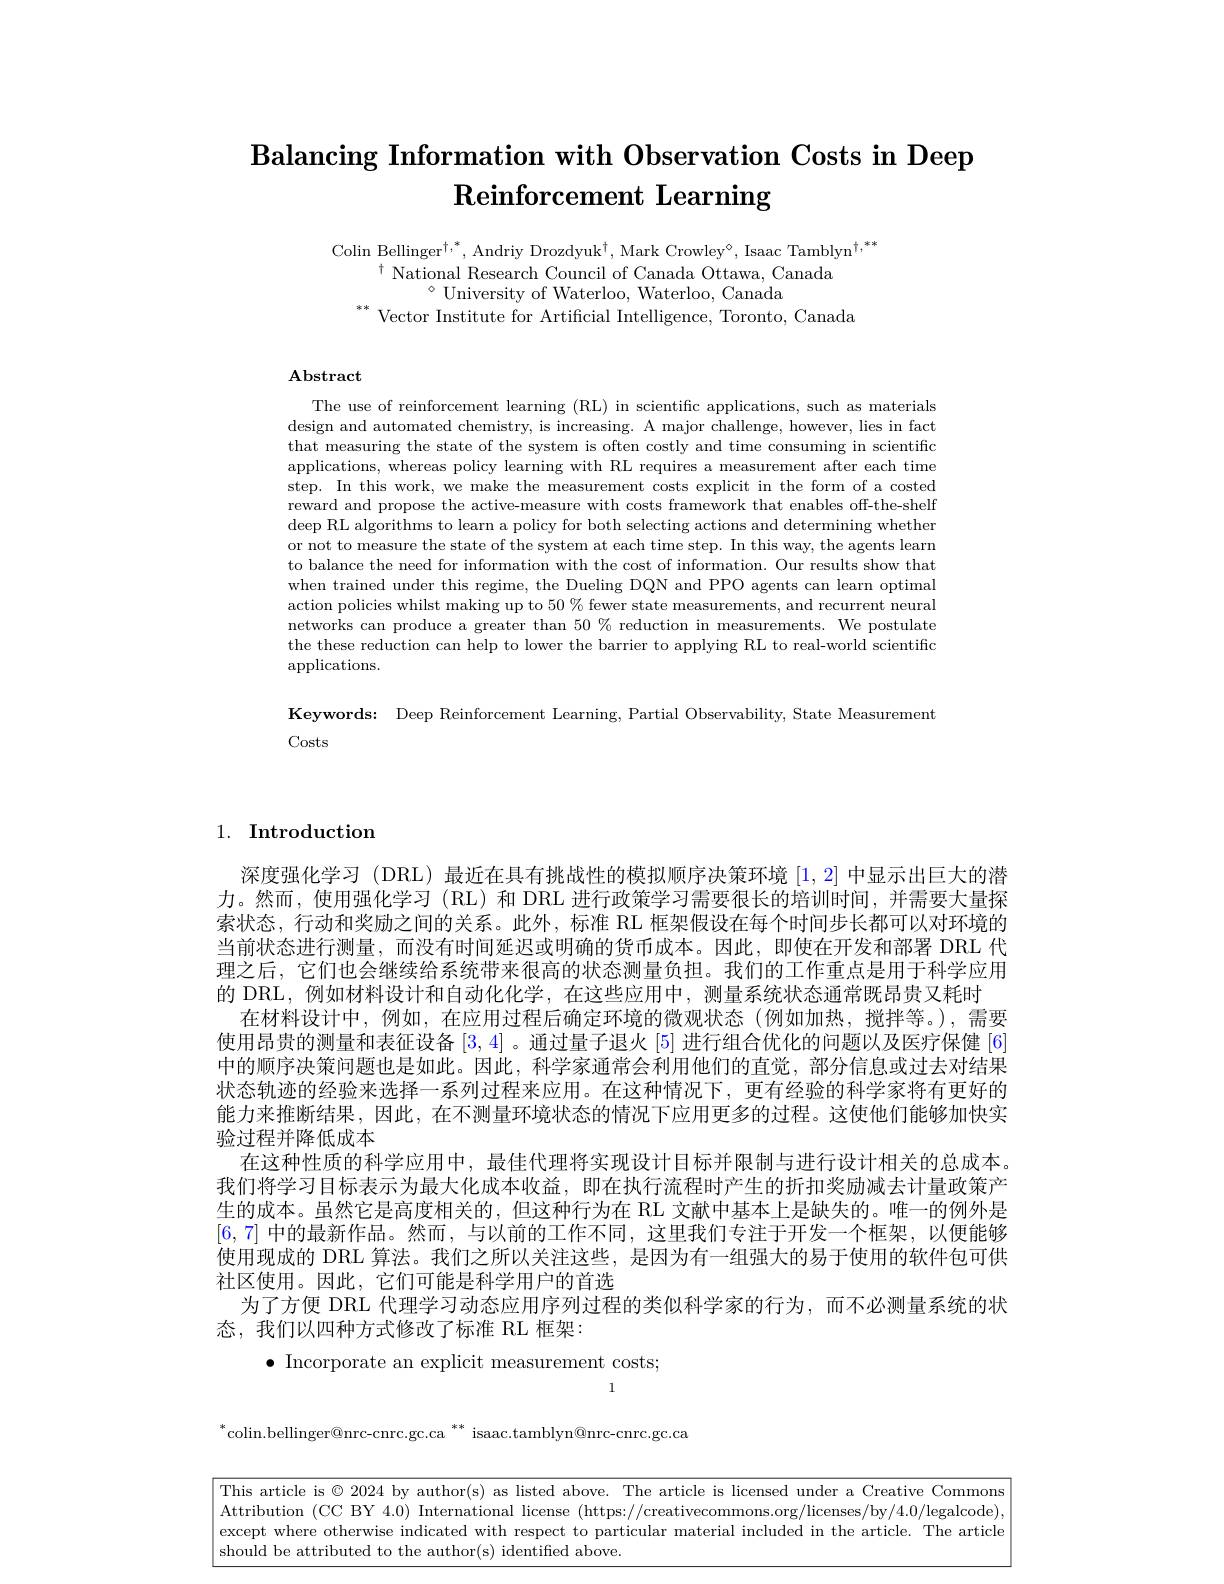
# $\textbf{Balancing Information with Observation Costs in Deep}$ $\textbf{Reinforcement Learning}$

Colin Bellinger$^\dagger,^*$,Andriy Drozdyuk$^\dagger$,Mark Crowley$^\circ$,Isaac Tamblyn$^\dagger,**$
$^{\dagger}$ National Research Council of Canada Ottawa, Canada
$^{\circ}$ University of Waterloo, Waterloo, Canada
$^{**}$ Vector Institute for Artificial Intelligence, Toronto, Canada

## ${\mathbf{Abstract}}$

The use of reinforcement learning (RL) in scientific applications, such as materials design and automated chemistry, is increasing. A major challenge, however, lies in fact that measuring the state of the system is often costly and time consuming in scientific applications, whereas policy learning with RL requires a measurement after each time step. In this work, we make the measurement costs explicit in the form of a costed reward and propose the active-measure with costs framework that enables off-the-shelf deep RL algorithms to learn a policy for both selecting actions and determining whether or not to measure the state of the system at each time step. In this way, the agents learn to balance the need for information with the cost of information. Our results show that when trained under this regime, the Dueling DQN and PPO agents can learn optimal action policies whilst making up to $50\%$ fewer state measurements, and recurrent neural networks can produce a greater than $50\%$ reduction in measurements. We postulate the these reduction can help to lower the barrier to applying RL to real-world scientific applications.

Keywords: Deep Reinforcement Learning, Partial Observability, State Measurementinge, Partial Observability, State Measurementing (1-1)
Costs

# 1. Introduction

深度强化学习 (DRL) 最近在具有挑战性的模拟顺序决策环境[1,2]中显示出巨大的潜力。然而，使用强化学习(RL)和 DRL 进行政策学习需要很长的培训时间，并需要大量探索状态，行动和奖励之间的关系。此外，标准 RL 框架假设在每个时间步长都可以对环境的当前状态进行测量，而没有时间延迟或明确的货币成本。因此，即使在开发和部署 DRL 代理之后，它们也会继续给系统带来很高的状态测量负担。我们的工作重点是用于科学应用的 DRL,例如材料设计和自动化化学，在这些应用中，测量系统状态通常既昂贵又耗时
在材料设计中，例如，在应用过程后确定环境的微观状态(例如加热，搅拌等。),需要使用昂贵的测量和表征设备[3,4] 。通过量子退火 [5] 进行组合优化的问题以及医疗保健 [6] 中的顺序决策问题也是如此。因此，科学家通常会利用他们的直觉，部分信息或过去对结果状态轨迹的经验来选择一系列过程来应用。在这种情况下，更有经验的科学家将有更好的能力来推断结果，因此，在不测量环境状态的情况下应用更多的过程。这使他们能够加快实验过程并降低成本
在这种性质的科学应用中，最佳代理将实现设计目标并限制与进行设计相关的总成本。我们将学习目标表示为最大化成本收益，即在执行流程时产生的折扣奖励减去计量政策产生的成本。虽然它是高度相关的，但这种行为在 RL 文献中基本上是缺失的。唯一的例外是[6,7]中的最新作品。然而，与以前的工作不同，这里我们专注于开发一个框架，以便能够使用现成的 DRL 算法。我们之所以关注这些，是因为有一组强大的易于使用的软件包可供社区使用。因此，它们可能是科学用户的首选
为了方便 DRL 代理学习动态应用序列过程的类似科学家的行为，而不必测量系统的状
态，我们以四种方式修改了标准 RL 框架：
$\bullet$ Incorporate an explicit measurement costs;

$^{*}$colin.bellinger@nrc-cnrc.gc.ca$^{**}$isaac.tamblyn@nrc-cnrc.gc.ca

This article is $\otimes2024$ by author(s) as listed above. The article is licensed under a Creative Commons Attribution (CC BY 4.0) International license (https://creativecommons.org/licenses/by/4.0/legalcode) except where otherwise indicated with respect to particular material included in the article. The article should be attributed to the author(s) identified above.